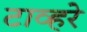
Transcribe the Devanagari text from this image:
टाव्हरे